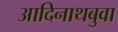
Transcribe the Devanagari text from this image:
आदिनाथबुवा